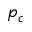
p _ { c }